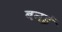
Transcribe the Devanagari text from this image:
बनई